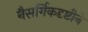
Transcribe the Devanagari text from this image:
नैसर्गिकदृष्टीने